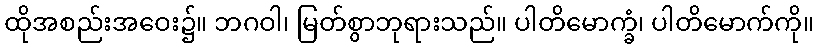
ထိုအစည်းအဝေး၌။ ဘဂဝါ၊ မြတ်စွာဘုရားသည်။ ပါတိမောက္ခံ၊ ပါတိမောက်ကို။